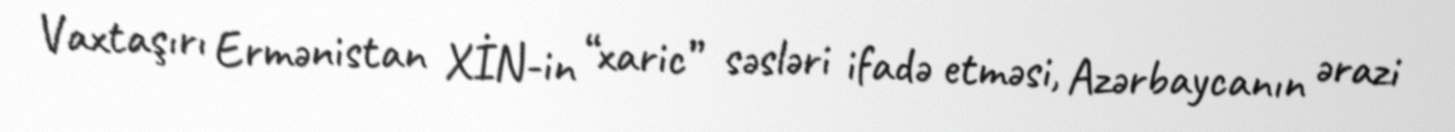
Vaxtaşırı Ermənistan XİN-in “xaric” səsləri ifadə etməsi, Azərbaycanın ərazi